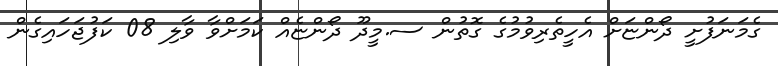
ގެމަނަފުށީ ދޯންޏަށް އެހީތެރިވުމުގެ ގޮތުން ސ.މީދޫ ދޯންޏެއް ކަމަށްވާ ވާލި 08 ކަފުޖަހައިގެން